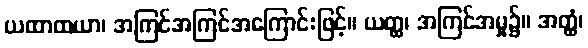
ယထာထယာ၊ အကြင်အကြင်အကြောင်းဖြင့်။ ယတ္ထ၊ အကြင်အမှု၌။ အတ္ထံ၊